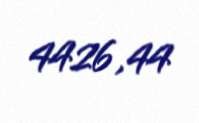
4426,44